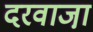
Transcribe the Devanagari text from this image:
दरवाजा़